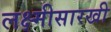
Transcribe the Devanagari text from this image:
लक्ष्मीसारखी